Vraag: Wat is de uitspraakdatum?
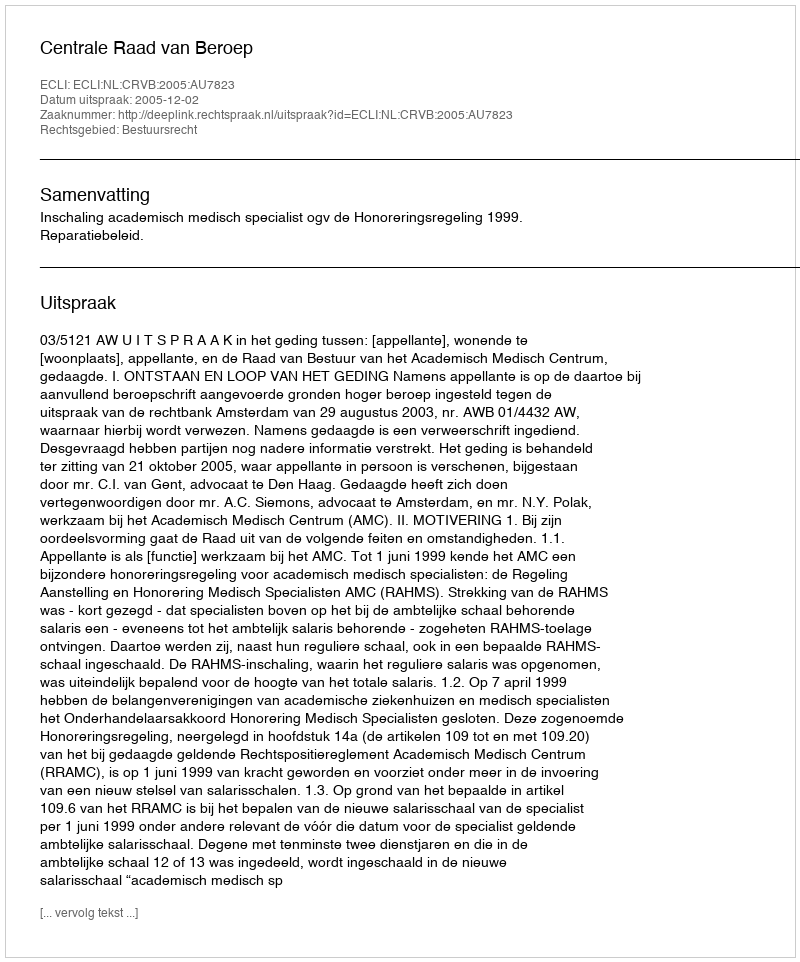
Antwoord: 2005-12-02